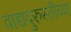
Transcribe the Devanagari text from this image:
वाद्यदुरुस्तीच्या